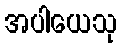
အပါယေသု